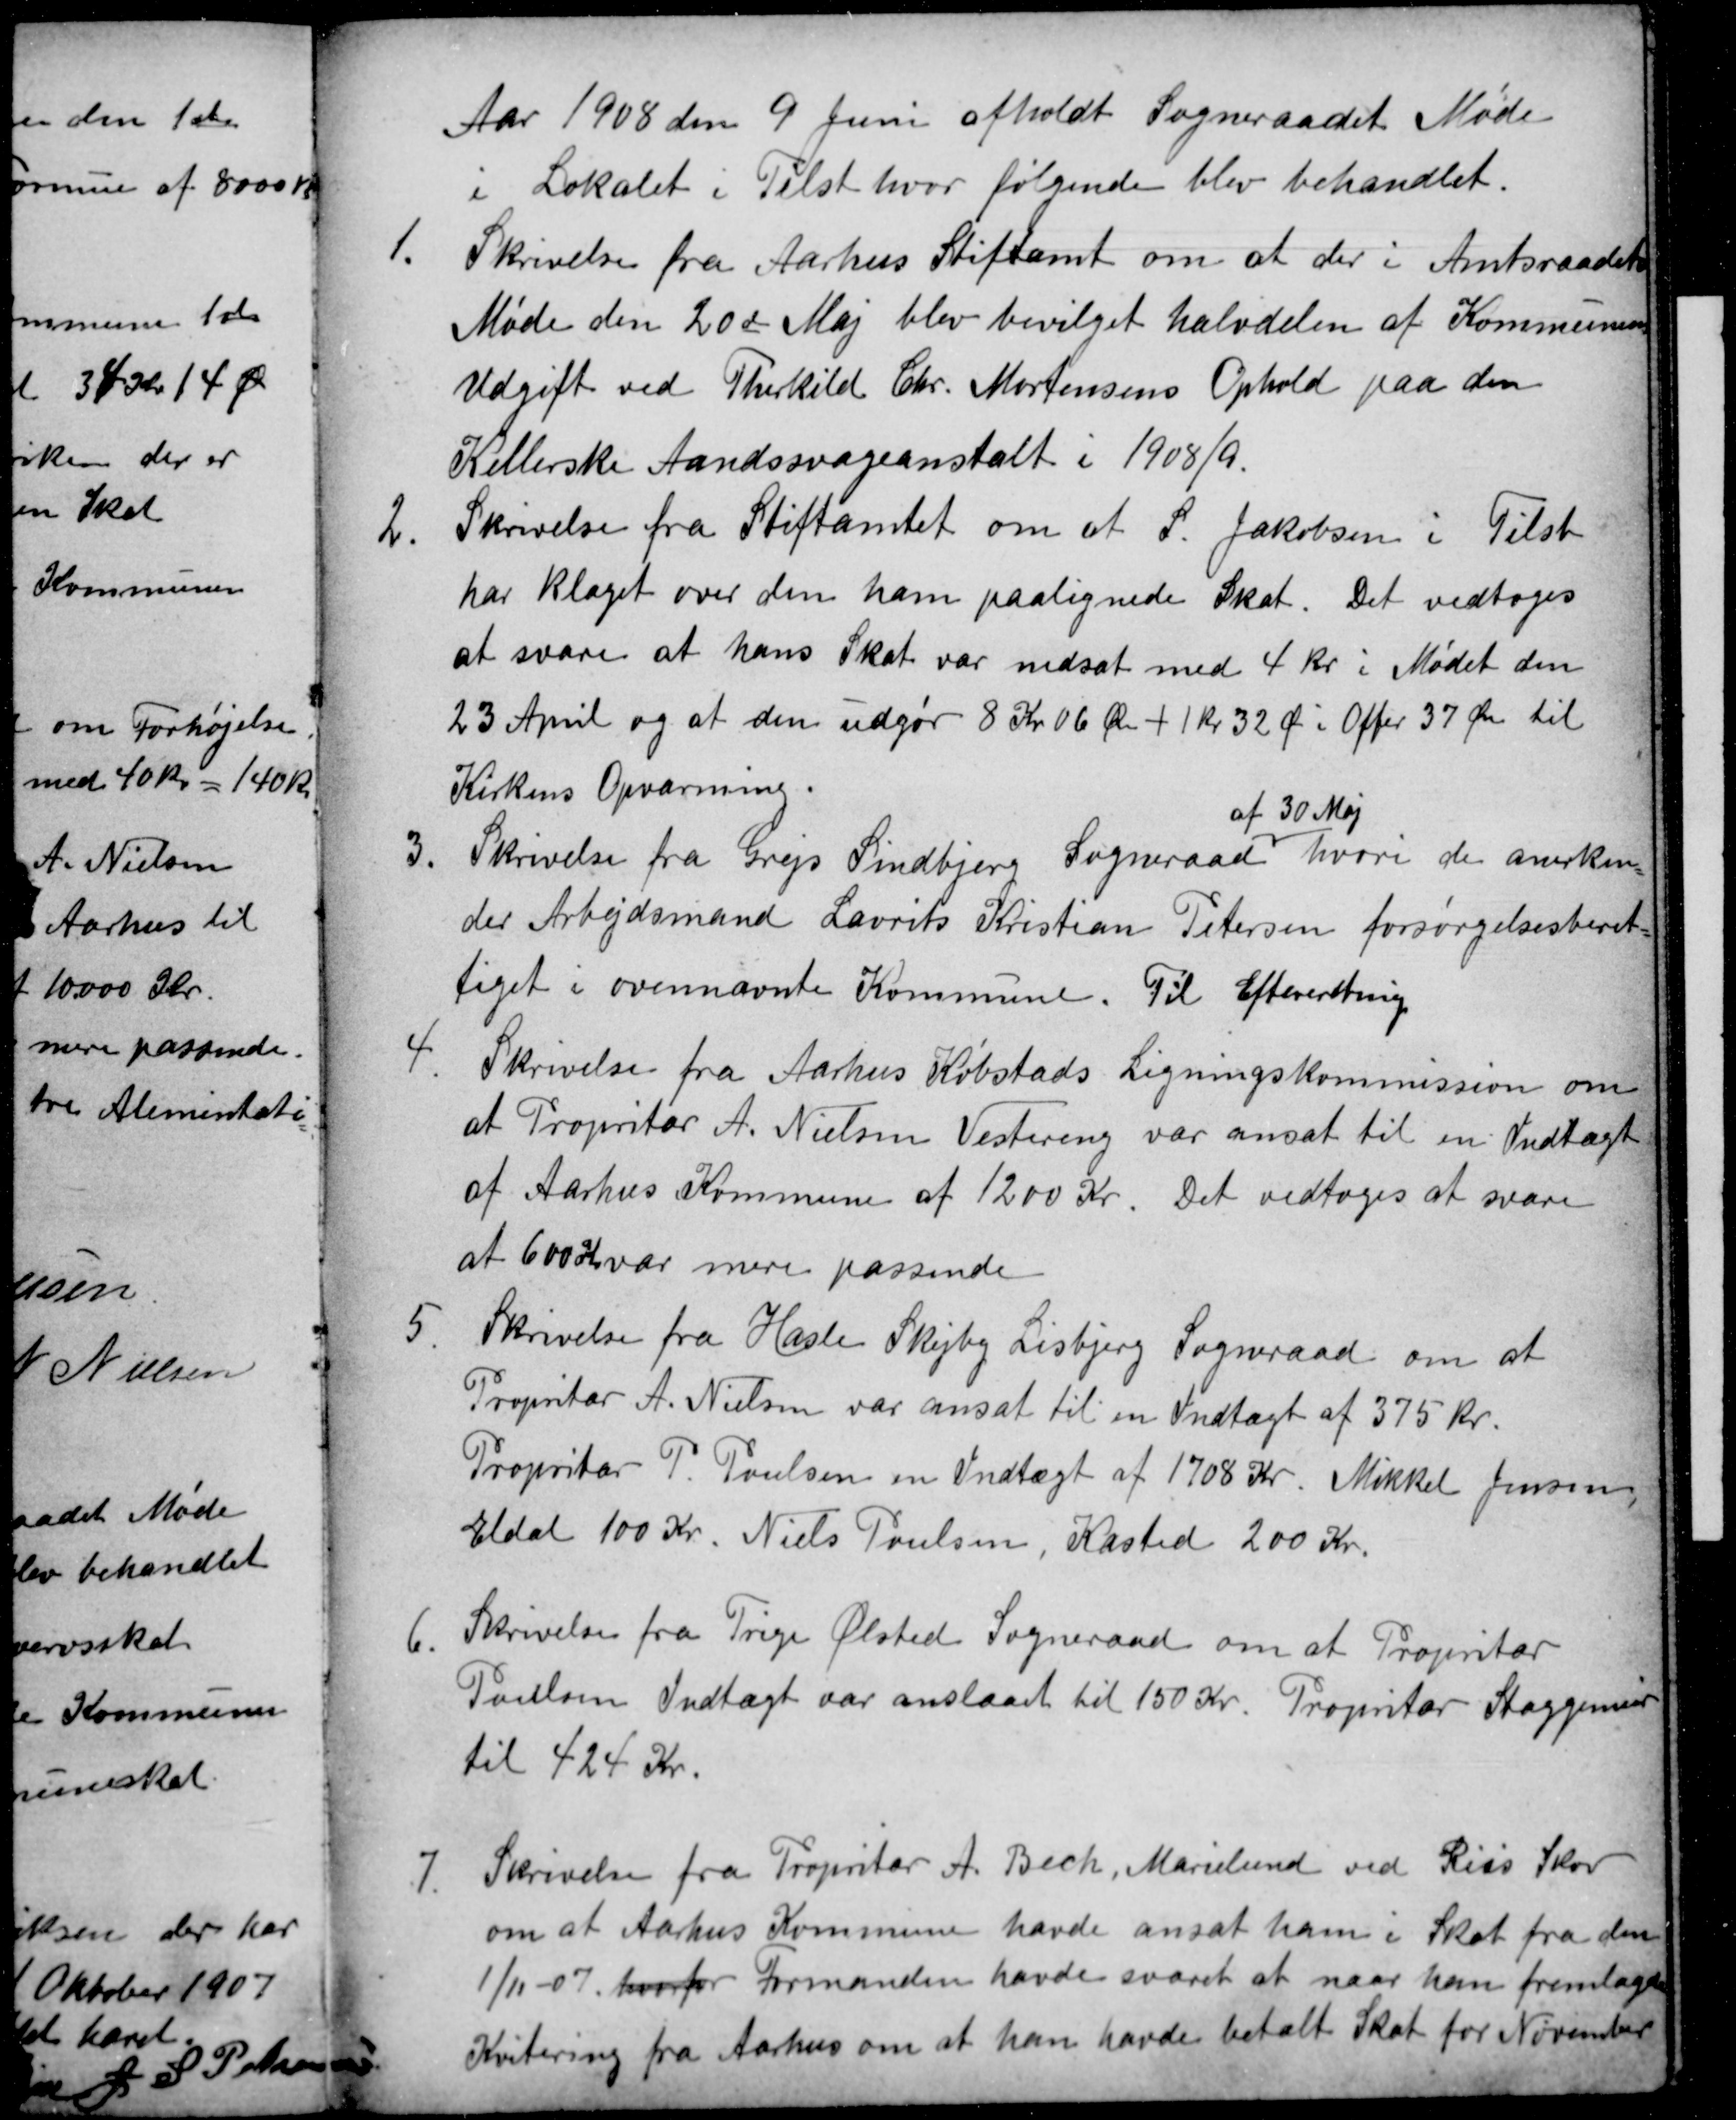
Transskription:
Aar 1908 den 9 Juni afholdt Sogneraadet Møde
i Lokalet i Tilst hvor følgende blev behandlet.
1.
Skrivelse fra Aarhus Stiftamt om at der i Amtsraadets
Møde den 20de Maj blev bevilget halvdelen af Kommunens
Udgift ved Therkild Chr. Mortensens Ophold paa den
Kellerske Aandssvageanstalt i 1908/9.
2.
Skrivelse fra Stiftamtet om at S. Jakobsen i Tilst
har klaget over den ham paalignede Skat. Det vedtoges
at svare at hans Skat var nedsat med 4 kr i Mødet den
23 April og at den udgør 8 Kr 06 Øre + 1 kr 32 Ør i Offer 37 Øre til
Kirkens Opvarmning.
3
Skrivelse fra Grejs Sindbjerg Sogneraad
af 30 Maj
hvori de anerken=
der Arbejdsmand Lavrits Kristian Petersen forsørgelsesberet=
tiget i ovennævnte Kommune. Til Efterretning
4.
Skrivelse fra Aarhus Købstads Ligningskommission om
at Propritær A. Nielsen Vestereng var ansat til en Indtægt
af Aarhus Kommune af 1200 Kr. Det vedtoges at svare
at 600 Kr var mere passende
5.
Skrivelse fra Hasle Skejby Lisbjerg Sogneraad om at
Propritær A. Nielsen var ansat til en Indtægt af 375 Kr.
Proprietær P. Poulsen en Indtægt af 1708 Kr. Mikkel Jensen,
Eldal 100 Kr. Niels Poulsen, Kasted 200 Kr.
6.
Skrivelse fra Trige Ølsted Sogneraad om at Propritær
Poulsen Indtægt var anslaaet til 150 Kr. Propritær Staggemeier
til 424 Kr.
7.
Skrivelse fra Propritær A. Bech, Marielund ved Riis Skov
om at Aarhus Kommune havde ansat ham i Skat fra den
1/11-07. hvorfor Formanden havde svaret at naar han fremlagde
Kvitering fra Aarhus om at han havde betalt Skat for November